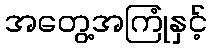
အတွေ့အကြုံနှင့်